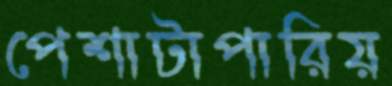
পেশাটাপারিয়